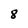
Character: 8